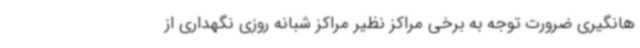
هانگیری ضرورت توجه به برخی مراکز نظیر مراکز شبانه روزی نگهداری از